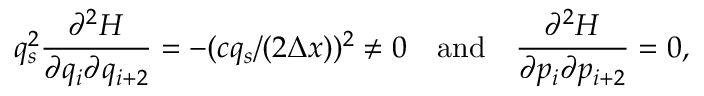
q _ { s } ^ { 2 } { \frac { \partial ^ { 2 } H } { \partial q _ { i } \partial q _ { i + 2 } } } = - ( c q _ { s } / ( 2 \Delta x ) ) ^ { 2 } \neq 0 \quad \mathrm { a n d } \quad { \frac { \partial ^ { 2 } H } { \partial p _ { i } \partial p _ { i + 2 } } } = 0 ,